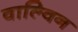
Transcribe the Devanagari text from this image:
वाल्विन